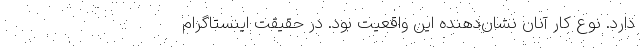
دارد. نوع کار آنان نشان‌دهنده این واقعیت بود. در حقیقت اینستاگرام